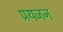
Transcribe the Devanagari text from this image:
प्रयजन